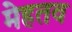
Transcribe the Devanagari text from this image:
मेहतव